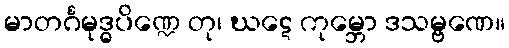
မာတင်္ဂမုဒ္ဓပိဏ္ဍေ တု၊ ဃဋေ ကုမ္ဘော ဒသမ္ဗဏေ။